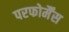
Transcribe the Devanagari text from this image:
परफोर्मैंस